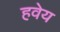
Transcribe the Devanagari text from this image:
हवेय